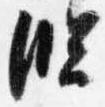
臨